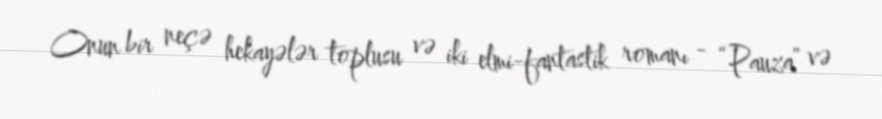
Onun bir neçə hekayələr toplusu və iki elmi-fantastik romanı - “Pauza” və